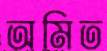
অমিত